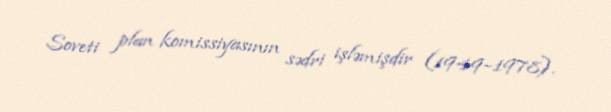
Soveti plan komissiyasının sədri işləmişdir (1949–1978).